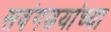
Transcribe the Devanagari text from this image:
सवंगडयांच्या